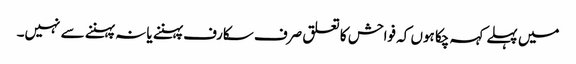
میں پہلے کہہ چکا ہوں کہ فواحش کا تعلق صرف سکارف پہننے یا نہ پہننے سے نہیں۔